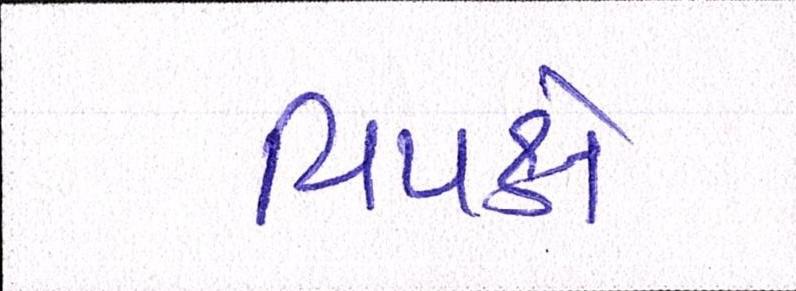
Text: વિપક્ષે